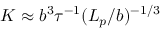
K \approx b ^ { 3 } \tau ^ { - 1 } ( L _ { p } / b ) ^ { - 1 / 3 }